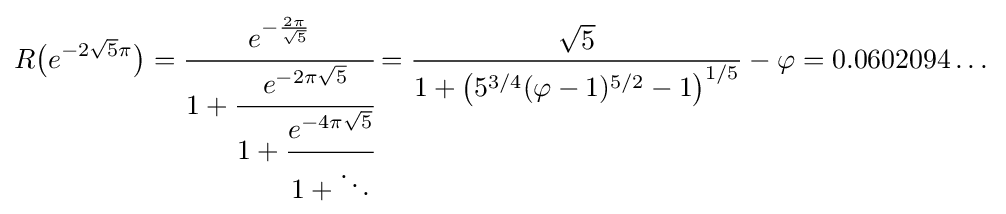
R{\big (}e^{-2{\sqrt {5}}\pi }{\big )}={\cfrac {e^{-{\frac {2\pi }{\sqrt {5}}}}}{1+{\cfrac {e^{-2\pi {\sqrt {5}}}}{1+{\cfrac {e^{-4\pi {\sqrt {5}}}}{1+\ddots }}}}}}={\frac {\sqrt {5}}{1+{\big (}5^{3/4}(\varphi -1)^{5/2}-1{\big )}^{1/5}}}-\varphi =0.0602094\dots